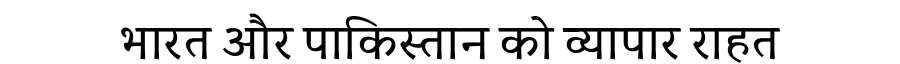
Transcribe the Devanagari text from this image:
भारत और पाकिस्तान को व्यापार राहत